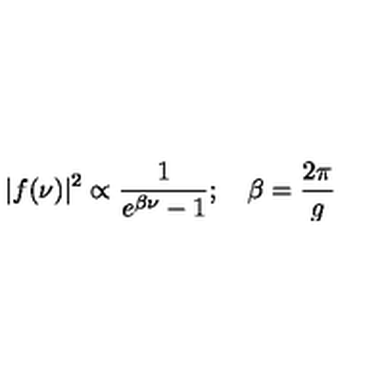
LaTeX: \vert f ( \nu ) \vert ^ { 2 } \propto { \frac { 1 } { e ^ { \beta \nu } - 1 } } ; \quad \beta = { \frac { 2 \pi } { g } }